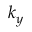
k _ { y }